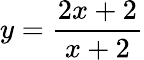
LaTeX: y={\frac{2x+2}{x+2}}